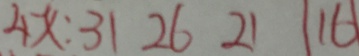
4 x : 3 1 2 6 2 1 1 6